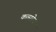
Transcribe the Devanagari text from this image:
कत्सरेय